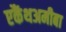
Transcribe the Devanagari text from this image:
एकैंथअमीबा